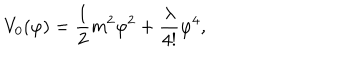
V _ { 0 } ( \varphi ) = \frac { 1 } { 2 } m ^ { 2 } \varphi ^ { 2 } + \frac { \lambda } { 4 ! } \varphi ^ { 4 } ,